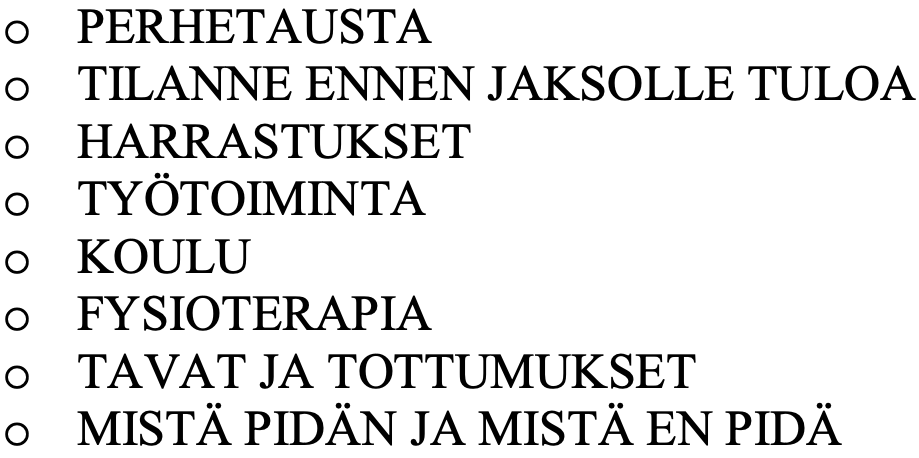
o  PERHETAUSTA o  TILANNE ENNEN JAKSOLLE TULOA o  HARRASTUKSET o  TYÖTOIMINTA o  KOULU o  FYSIOTERAPIA o  TAVAT JA TOTTUMUKSET o  MISTÄ PIDÄN JA MISTÄ EN PIDÄ